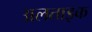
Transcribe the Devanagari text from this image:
अलताइक